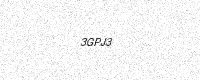
Text: 3GPJ3